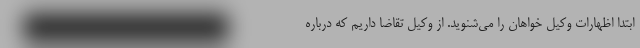
ابتدا اظهارات وکیل خواهان را می‌شنوید. از وکیل تقاضا داریم که درباره